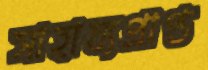
সাহায্যপ্রাপ্ত